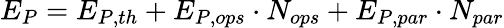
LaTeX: E_{P}=E_{P,th}+E_{P,ops}\cdot N_{ops}+E_{P,par}\cdot N_{par}